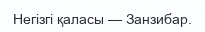
Негізгі қаласы — Занзибар.